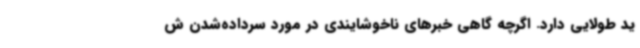
ید طولایی دارد. اگرچه گاهی خبرهای ناخوشایندی در مورد سرداده‌شدن ش